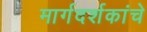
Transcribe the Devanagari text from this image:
मार्गदर्शकांचे